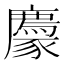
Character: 𧲊